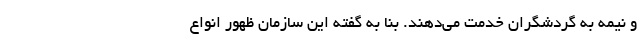
و نیمه به گردشگران خدمت می‌دهند. بنا به گفته این سازمان ظهور انواع